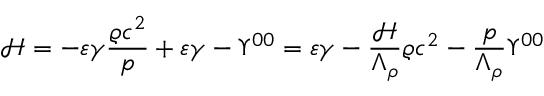
\mathcal { H } = - \varepsilon \gamma \frac { \varrho c ^ { 2 } } { p } + \varepsilon \gamma - \Upsilon ^ { 0 0 } = \varepsilon \gamma - \frac { \mathcal { H } } { \Lambda _ { \rho } } \varrho c ^ { 2 } - \frac { p } { \Lambda _ { \rho } } \Upsilon ^ { 0 0 }